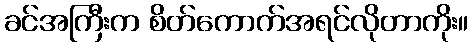
ခင်အကြီးက စိတ်ကောက်အရင်လိုတာကိုး။